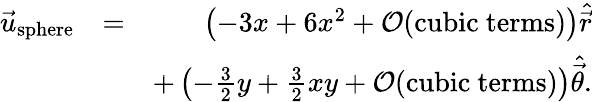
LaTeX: \begin{array}{rlr}{\vec{u}_{\mathrm{sphere}}}&{=}&{\left(-3x+6x^{2}+\mathcal{O}(\mathrm{cubic~terms})\right)\hat{\vec{r}}}\\ &{}&{+\left(-\frac{3}{2}y+\frac{3}{2}xy+\mathcal{O}(\mathrm{cubic~terms})\right)\hat{\vec{\theta}}.}\end{array}